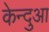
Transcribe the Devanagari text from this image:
केन्‍दुआ